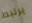
يرتبط